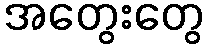
အတွေးတွေ